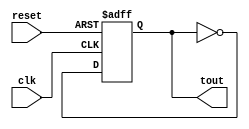
`timescale 1ns / 1ps
//////////////////////////////////////////////////////////////////////////////////
// Company: 
// Engineer: 
// 
// Design Name: 
// Module Name: t_ff
// Project Name: 
// Target Devices: 
// Tool Versions: 
// Description: 
// 
// Dependencies: 
// 
// Revision:
// Revision 0.01 - File Created
// Additional Comments:
// 
//////////////////////////////////////////////////////////////////////////////////


module t_ff(
input clk,reset,output reg tout);
//In this t ff generally one of the input t=1 always.
always@(posedge clk or posedge reset)//synchronous reset
begin

if(reset)
 begin
 tout<=0;
 end
 
else
    begin
    tout<=~tout;
    end
end
    
endmodule